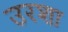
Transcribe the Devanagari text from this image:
उरशा